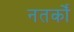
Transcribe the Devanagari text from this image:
नतर्कों